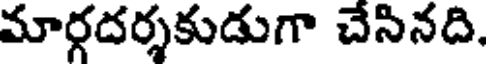
మార్గదర్శకుడుగా చేసినది.